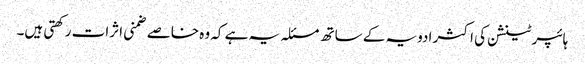
ہائپر ٹینشن کی اکثر ادویہ کے ساتھ مسئلہ یہ ہے کہ وہ خاصے ضمنی اثرات رکھتی ہیں۔